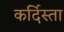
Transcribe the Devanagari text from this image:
कर्दिस्ता